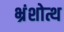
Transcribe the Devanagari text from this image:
भ्रंशोत्थ